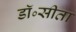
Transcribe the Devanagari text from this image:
डॉ॰सीता